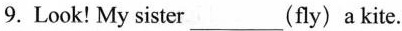
9. Look!My sister___(fly)a kite.